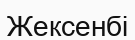
Жексенбі